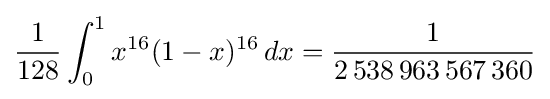
{\frac {1}{128}}\int _{0}^{1}x^{16}(1-x)^{16}\,dx={\frac {1}{2\,538\,963\,567\,360}}